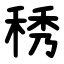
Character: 䅎